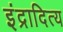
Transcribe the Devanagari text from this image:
इंद्रादित्य